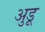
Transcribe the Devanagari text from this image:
अुडू